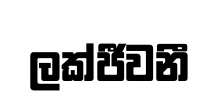
ලක්ජීවනී